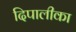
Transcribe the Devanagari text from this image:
दिपालीका